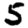
Digit: 5